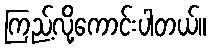
ကြည့်လို့ကောင်းပါတယ်။